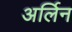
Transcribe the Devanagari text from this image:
अर्लिन